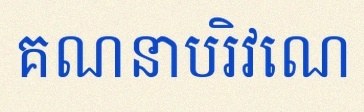
គណនាបរិវេណ